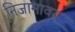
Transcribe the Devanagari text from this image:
निजामावर्